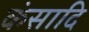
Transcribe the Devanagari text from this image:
कंसादि